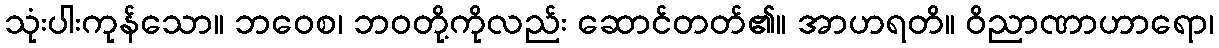
သုံးပါးကုန်သော။ ဘဝေစ၊ ဘဝတို့ကိုလည်း ဆောင်တတ်၏။ အာဟရတိ။ ဝိညာဏာဟာရော၊